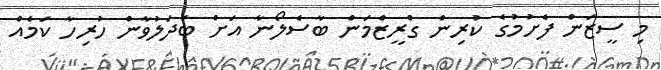
މި ސީޒަން ފެށުމުގެ ކުރިން ގްރީޒްމަން ބާސެލޯނާ އަށް ބަދަލުވާން ހުރިހާ ކަމެއް